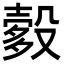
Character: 𬆯